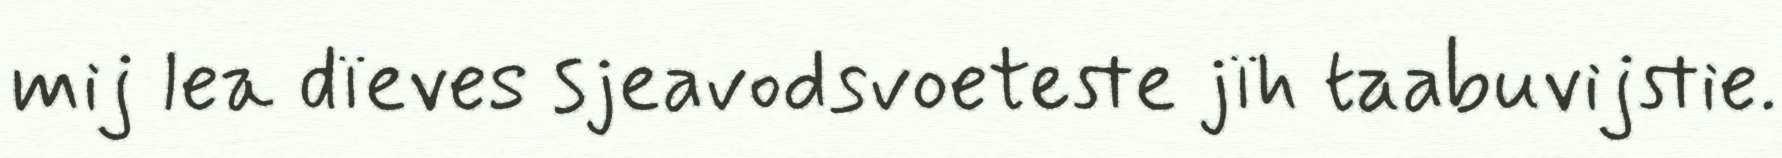
mij lea dïeves sjeavodsvoeteste jïh taabuvijstie.